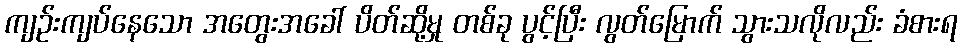
ကျဉ်းကျပ်နေသော အတွေးအခေါ် ပိတ်ဆို့မှု တစ်ခု ပွင့်ပြီး လွတ်မြောက် သွားသလိုလည်း ခံစားရ